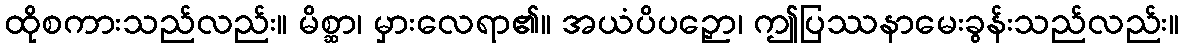
ထိုစကားသည်လည်း။ မိစ္ဆာ၊ မှားလေရာ၏။ အယံပိပဉှော၊ ဤပြဿနာမေးခွန်းသည်လည်း။